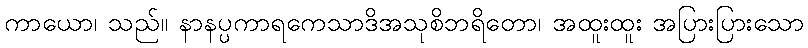
ကာယော၊ သည်။ နာနပ္ပကာရကေသာဒိအသုစိဘရိတော၊ အထူးထူး အပြားပြားသော